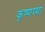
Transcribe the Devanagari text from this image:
कृष्णय्या